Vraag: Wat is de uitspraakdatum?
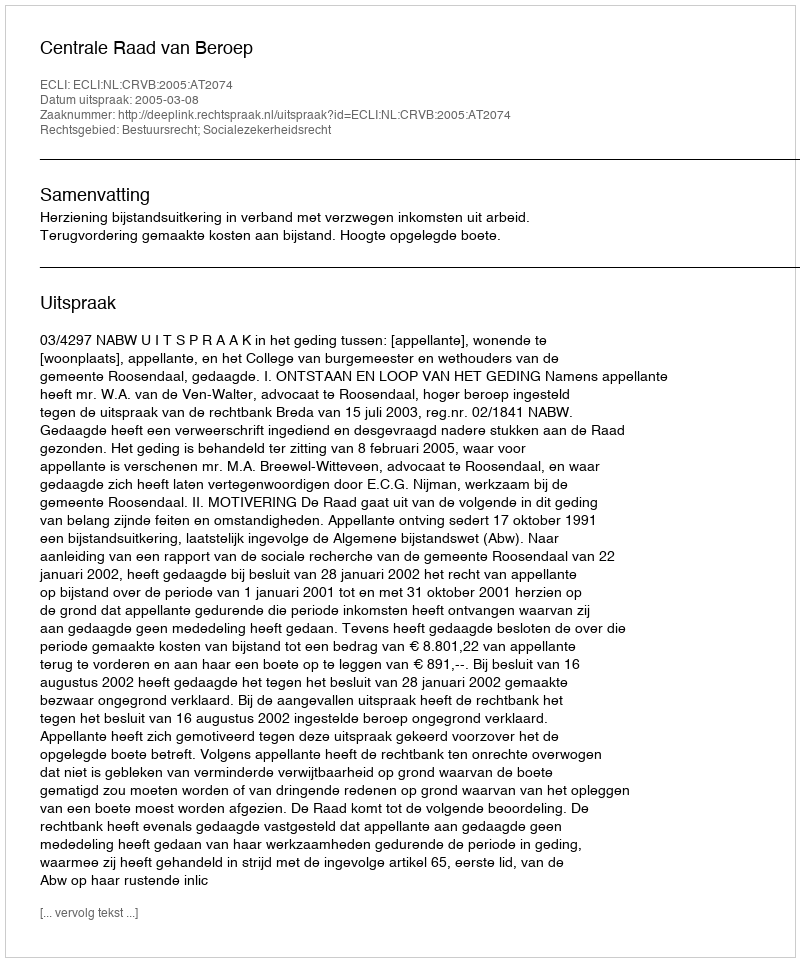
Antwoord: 2005-03-08